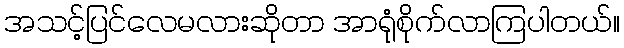
အသင့်ပြင်လေမလားဆိုတာ အာရုံစိုက်လာကြပါတယ်။